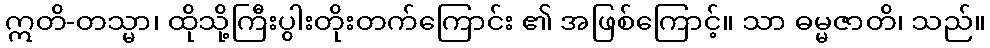
ဣတိ-တသ္မာ၊ ထိုသို့ကြီးပွါးတိုးတက်ကြောင်း ၏ အဖြစ်ကြောင့်။ သာ ဓမ္မဇာတိ၊ သည်။